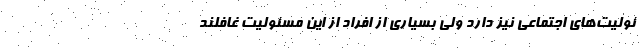
ئولیت‌های اجتماعی نیز دارد ولی بسیاری از افراد از این مسئولیت غافلند